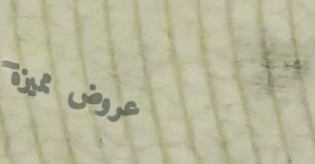
عروض مميزة